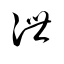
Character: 泄